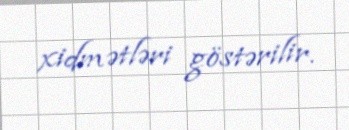
xidmətləri göstərilir.